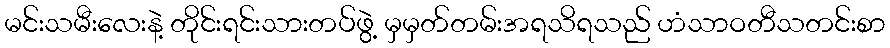
မင်းသမီးလေးနဲ့ တိုင်းရင်းသားတပ်ဖွဲ့ မှမှတ်တမ်းအရသိရသည် ဟံသာဝတီသတင်းစာ